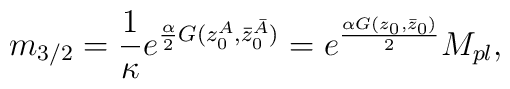
m_{3/2} = \frac{1}{\kappa}e^{\frac{\alpha}{2}G(z_0^A, \bar z_0^{\bar A})}= e^{\frac{\alpha G(z_0, \bar z_0)}{2}} M_{pl},